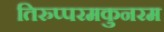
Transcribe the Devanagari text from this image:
तिरुप्परमकुनरम